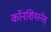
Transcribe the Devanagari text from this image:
काॅनशियस्नेस्